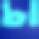
চা